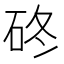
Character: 䂢